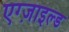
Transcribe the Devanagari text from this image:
एग्ज़ाइल्ड